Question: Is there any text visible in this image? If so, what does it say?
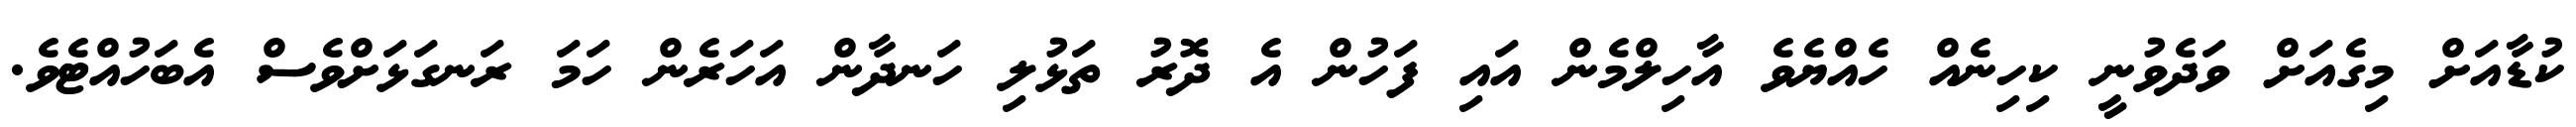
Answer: ކުޑާއަށް މިގެއަށް ވަދެވުނީ ކިހިނެއް ހެއްޔެވެ އާހިލްމެން އައި ފަހުން އެ ދޮރު ތަޅުލި ހަނދާން އަހަރެން ހަމަ ރަނގަޅަށްވެސް އެބަހުއްޓެވެ.